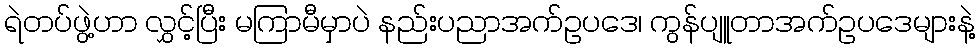
ရဲတပ်ဖွဲ့ဟာ လွှင့်ပြီး မကြာမီမှာပဲ နည်းပညာအက်ဥပဒေ၊ ကွန်ပျူတာအက်ဥပဒေများနဲ့